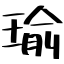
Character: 瑜